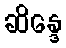
ဆိန္ဒေ